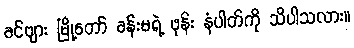
ခင်ဗျား မြို့တော် ခန်းမရဲ့ ဖုန်း နံပါတ်ကို သိပါသလား။